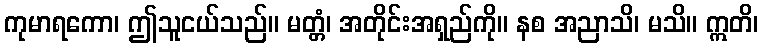
ကုမာရကော၊ ဤသူငယ်သည်။ မတ္တံ၊ အတိုင်းအရှည်ကို။ နစ အညာသိ၊ မသိ။ ဣတိ၊